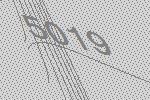
5019